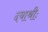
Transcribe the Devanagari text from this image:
दयाश्रीः